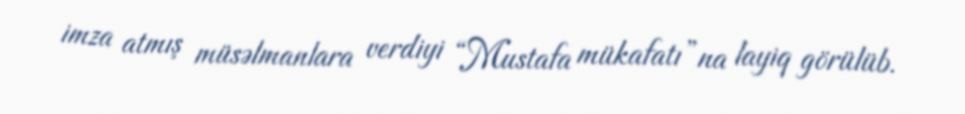
imza atmış müsəlmanlara verdiyi “Mustafa mükafatı”na layiq görülüb.